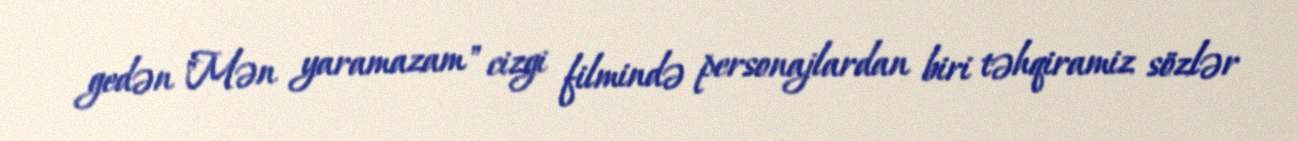
gedən "Mən yaramazam" cizgi filmində personajlardan biri təhqiramiz sözlər